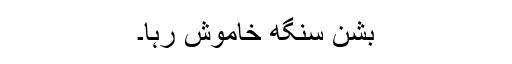
بشن سنگھ خاموش رہا۔